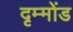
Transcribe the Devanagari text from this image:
दृम्मोंड